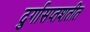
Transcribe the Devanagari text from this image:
दुर्गासप्तशतीत